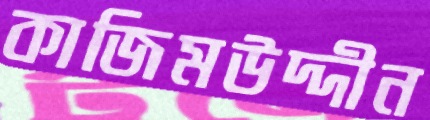
কাজিমউদ্দীন